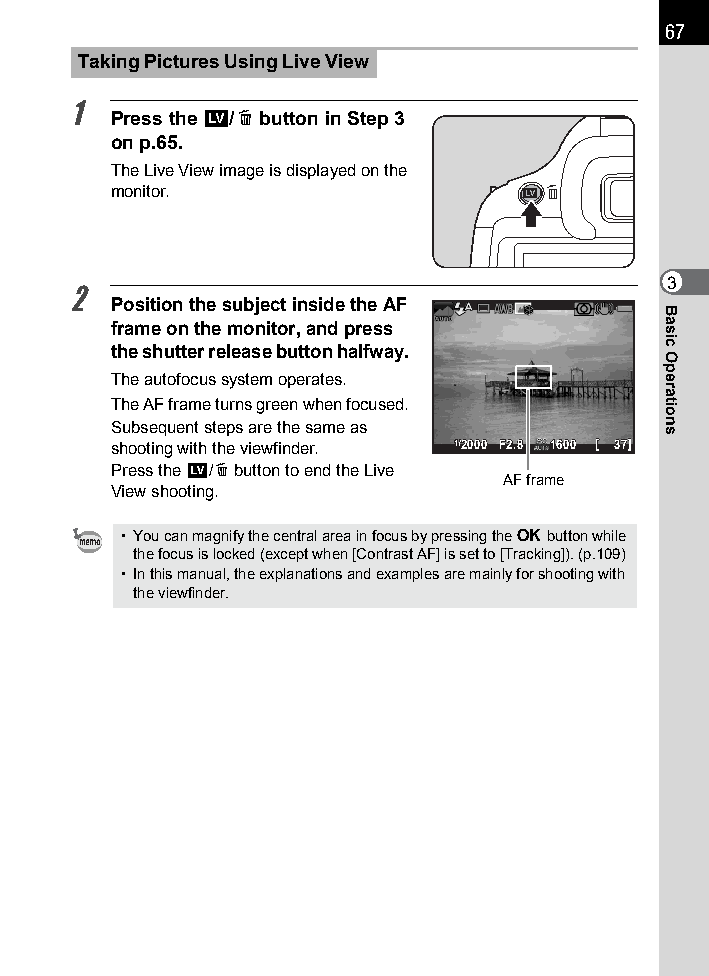
67
 Taking Pictures Using Live View
 1
 Press the U/i button in Step 3
 on p.65.
 The Live View image is displayed on the
 monitor.
 3
 2
 Position the subject inside the AF
 frame on the monitor, and press
 the shutter release button halfway.
 The autofocus system operates.
 The AF frame turns green when focused.
 Subsequent steps are the same as
 shooting with the viewfinder. 11//22000000 FF22..88 11660000 [[ 3377]]
 Press the U/i button to end the Live
 AF frame
 View shooting.
 • You can magnify the central area in focus by pressing the 4 button while
 the focus is locked (except when [Contrast AF] is set to [Tracking]). (p.109)
 • In this manual, the explanations and examples are mainly for shooting with
 the viewfinder.
 Basic
 Operations